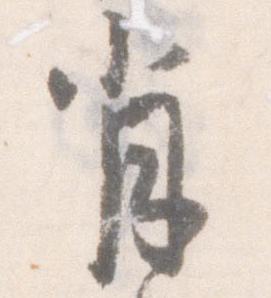
肖